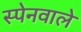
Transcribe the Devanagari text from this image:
स्पेनवाले